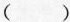
( )